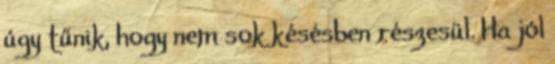
úgy tűnik, hogy nem sok késésben részesül. Ha jól